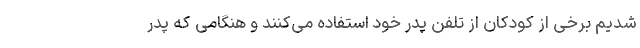
شدیم برخی از کودکان از تلفن پدر خود استفاده می‌کنند و هنگامی که پدر